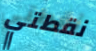
نقطتي